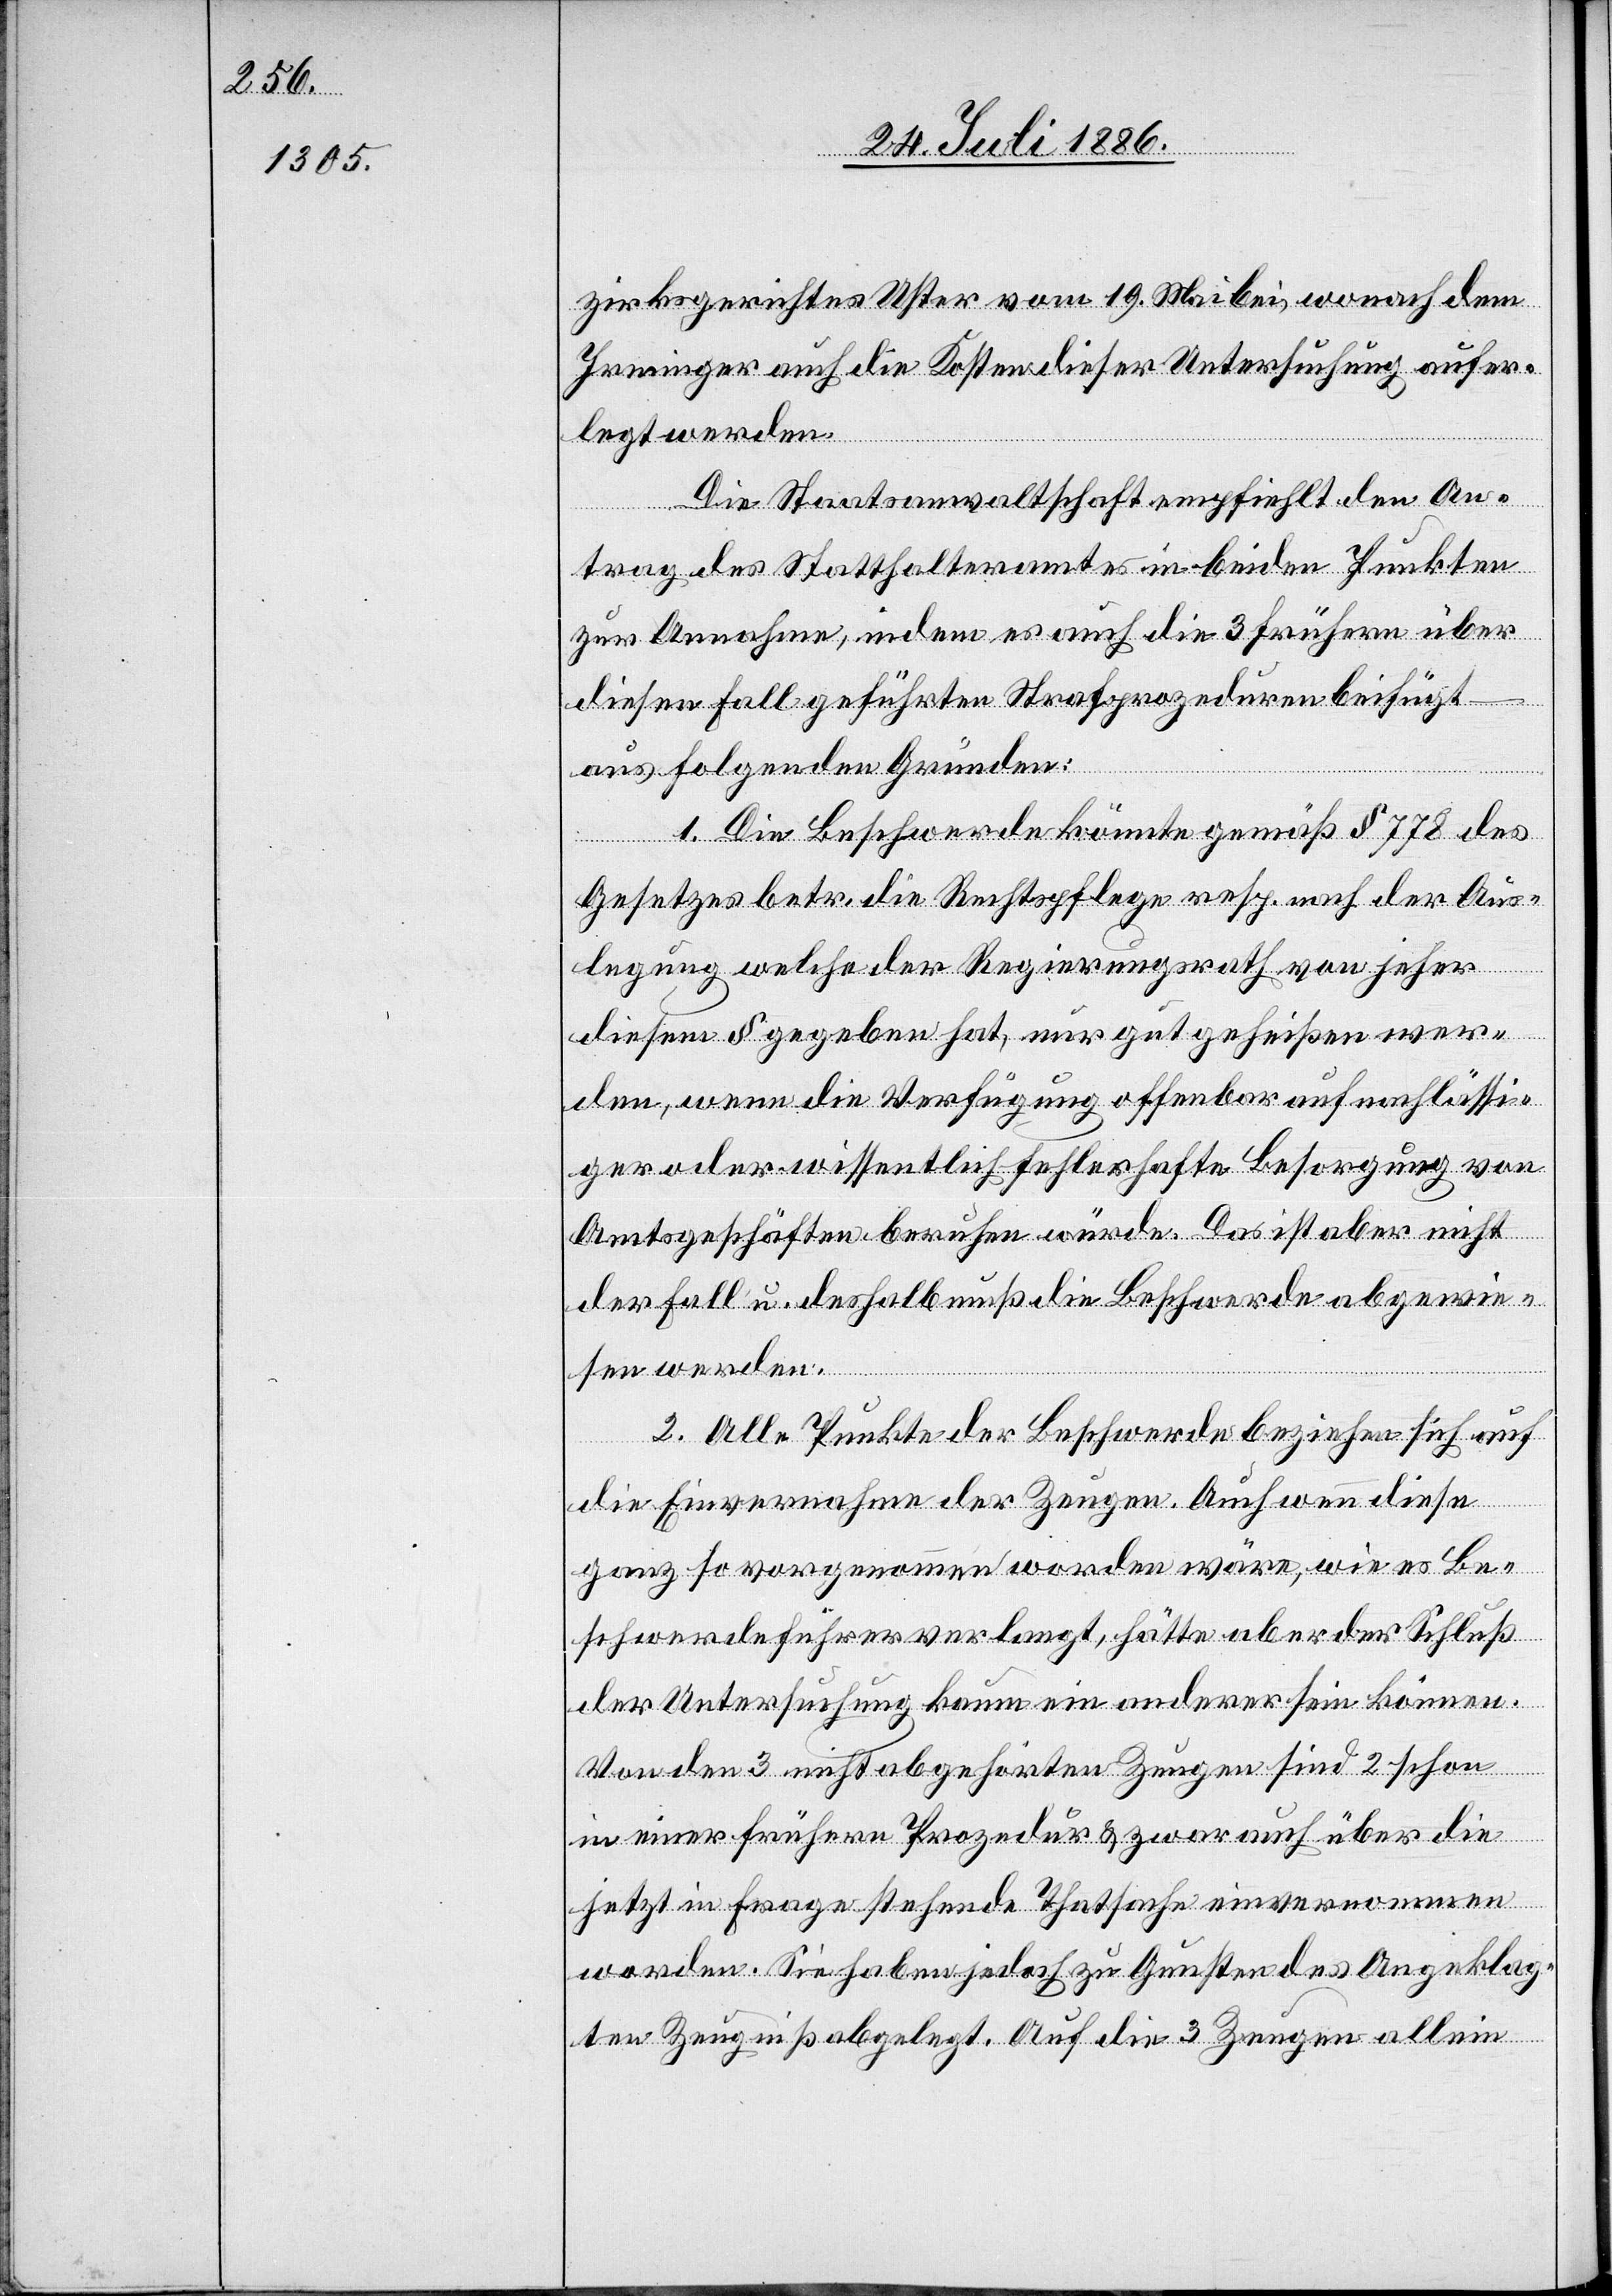
zirksgerichtes Uster vom 19. Mai bei, wonach dem
Irminger auch die Kosten dieser Untersuchung aufer¬
legt werden.
Die Staatsanwaltschaft empfiehlt den An¬
trag des Statthalteramtes in beiden Punkten
zur Annahme, indem es auch die 3 frühern über
diesen Fall geführten Strafprozeduren beifügt
aus folgenden Gründen:
1. Die Beschwerde könnte gemäß § 778 des
Gesetzes betr. die Rechtspflege resp. nach der Aus¬
legung welche der Regierungsrath von jeher
diesem § gegeben hat, nur gut geheißen wer¬
den, wenn die Verfügung offenbar auf nachlässi¬
ger oder wissentlich fehlerhafte Besorgung von
Amtsgeschäften beruhen würde. Das ist aber nicht
der Fall u. deshalb muß die Beschwerde abgewie¬
sen werden.
2. Alle Punkte der Beschwerde beziehen sich auf
die Einvernahme der Zeugen. Auch wenn diese
ganz so vorgenommen worden wäre, wie es Be¬
schwerdeführer verlangt, hätte aber der Schluß
der Untersuchung kaum ein anderer sein können.
Von den 3 nicht abgehörten Zeugen sind 2 schon
in einer frühern Prozedur & zwar auch über die
jetzt in Frage stehende Thatsache einvernommen
worden. Sie haben jedoch zu Gunsten des Angeklag¬
ten Zeugniß abgelegt. Auf die 3 Zeugen allein